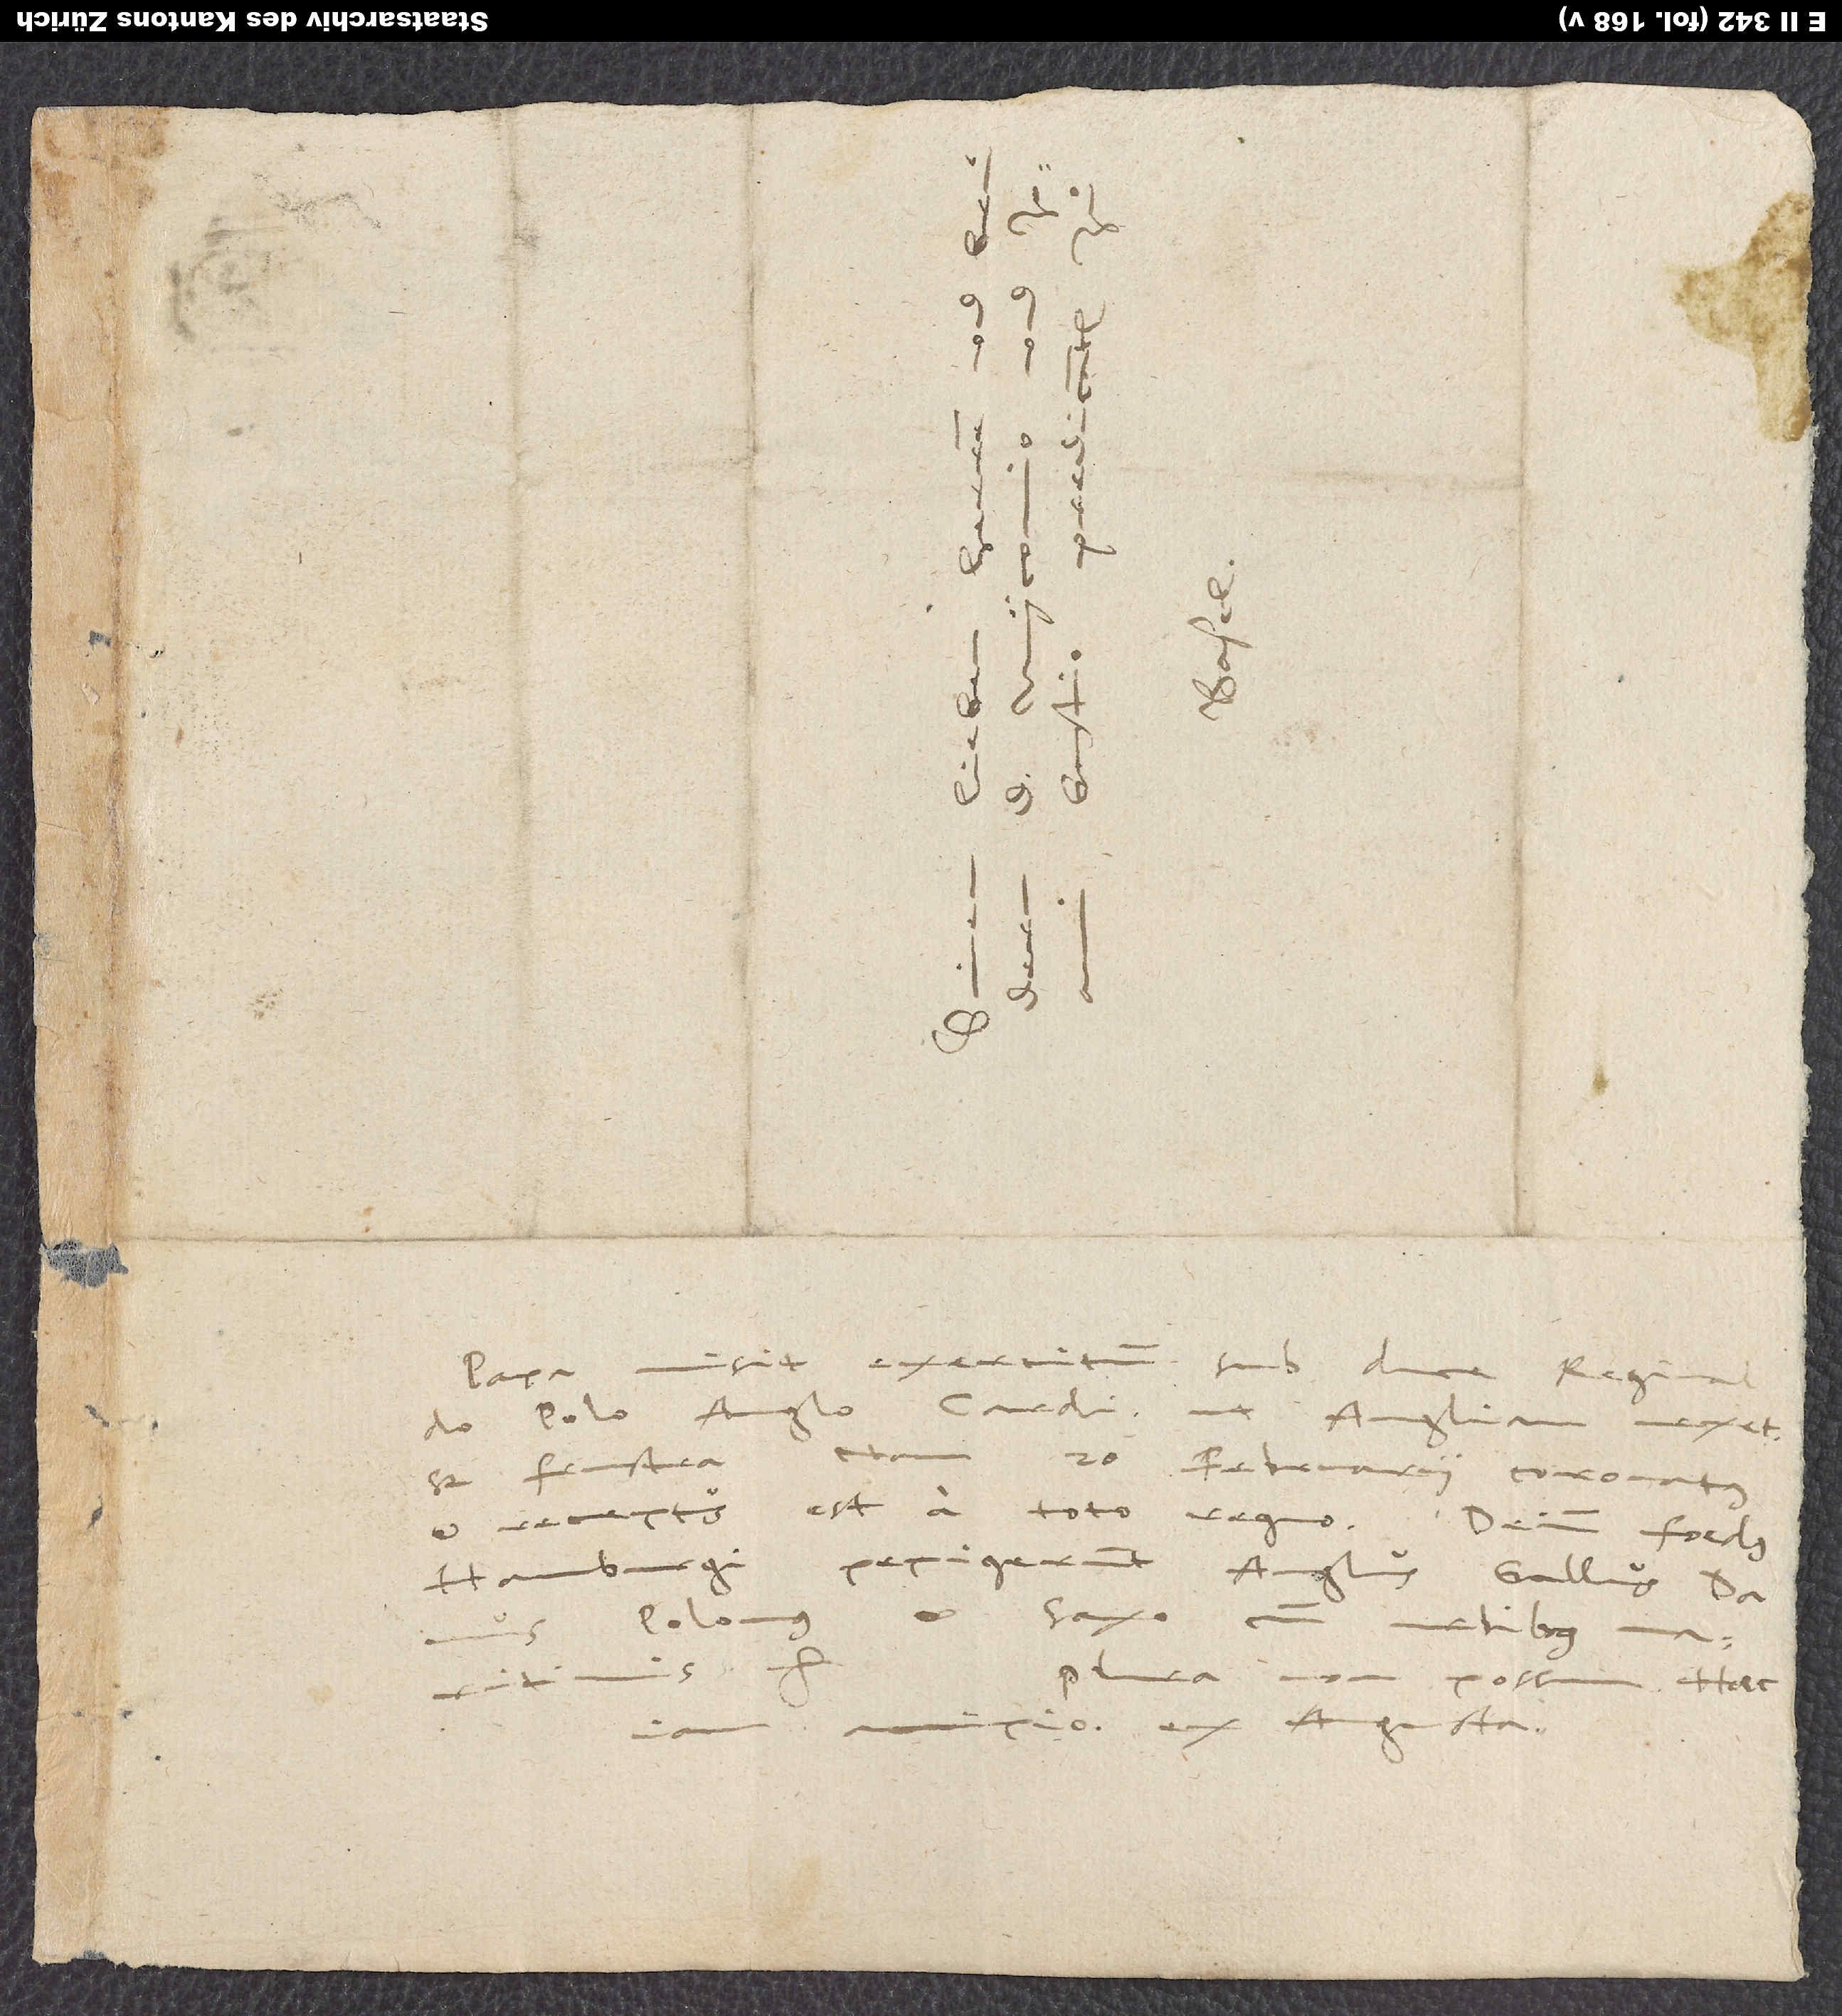
d.